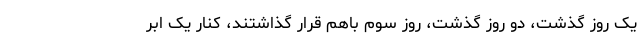
یک روز گذشت، دو روز گذشت، روز سوم باهم قرار گذاشتند، کنار یک ابر